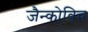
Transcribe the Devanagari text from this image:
जैन्कोविच